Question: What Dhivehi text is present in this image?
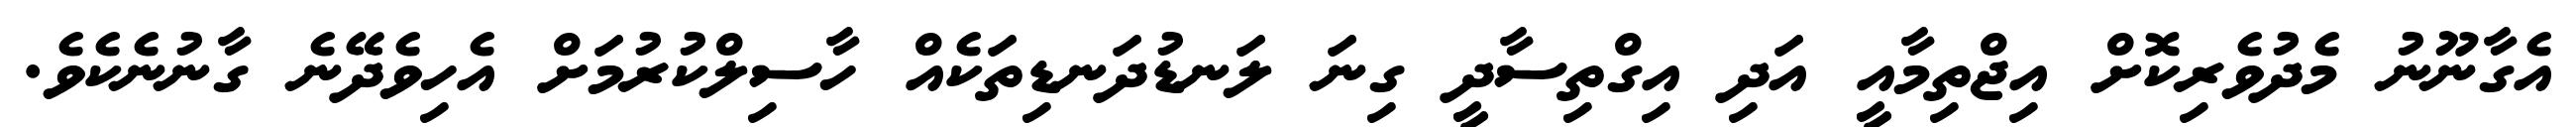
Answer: އެގާނޫނު މެދުވެރިކޮށް އިޖްތިމާއީ އަދި އިގްތިސާދީ ގިނަ ލަނޑުދަނޑިތަކެއް ހާސިލްކުރުމަށް އެހިވެދޭނެ ގާނުނެކެވެ.